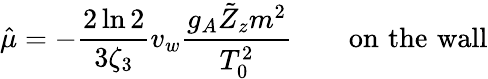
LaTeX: {\hat{\mu}}=-\frac{2\ln 2}{3\zeta_{3}}v_{w}{\frac{g_{A}\tilde{Z}_{z}m^{2}}{T_{0}^{2}}}\qquad\mathrm{on}\, \, \mathrm{the}\, \, \mathrm{wall}